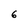
Character: 6